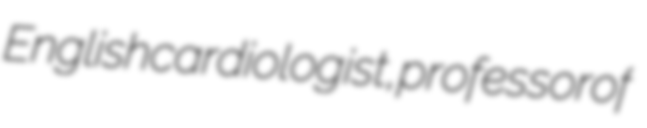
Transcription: English cardiologist, professor of